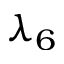
\lambda _ { 6 }